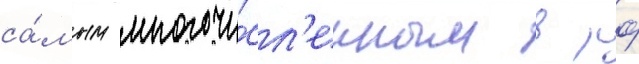
са́мым многочи́сл'енным в рф